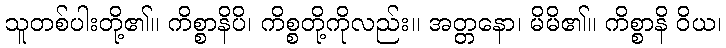
သူတစ်ပါးတို့၏။ ကိစ္စာနိပိ၊ ကိစ္စတို့ကိုလည်း။ အတ္တနော၊ မိမိ၏။ ကိစ္စာနိ ဝိယ၊